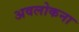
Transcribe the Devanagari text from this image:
अवलोकना